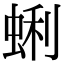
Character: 蜊